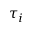
\tau _ { i }